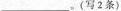
___。(写2条〉